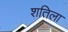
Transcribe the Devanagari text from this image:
शतिला